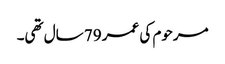
مرحوم کی عمر 79 سال تھی۔